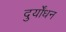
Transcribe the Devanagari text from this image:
दुर्योंधन